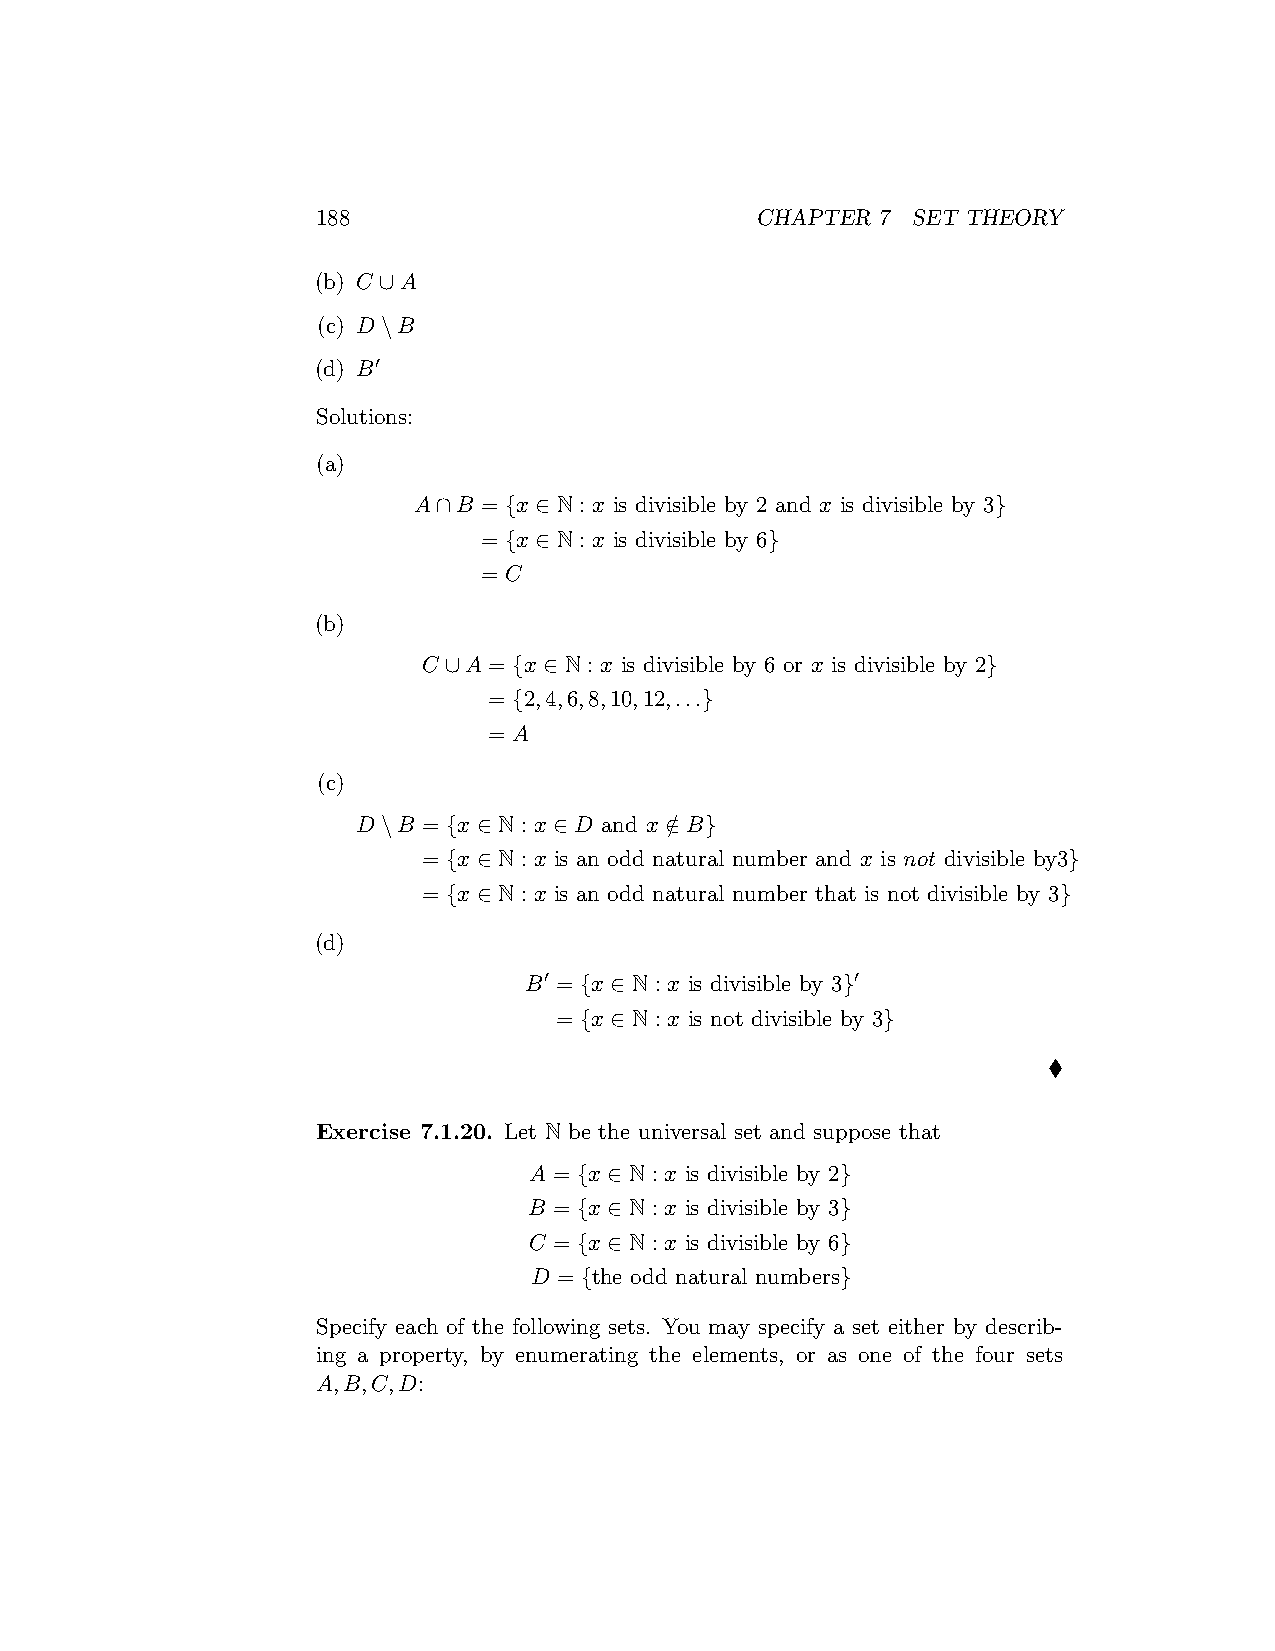
188                          CHAPTER 7 SET THEORY
 (b) C ∪A
 (c) D\B
 (d) B′
 Solutions:
 (a)
 A∩B  = {x ∈ N : x is divisible by 2 and x is divisible by 3}
 = {x ∈ N : x is divisible by 6}
 = C
 (b)
 C ∪A = {x ∈ N : x is divisible by 6 or x is divisible by 2}
 = {2,4,6,8,10,12,...}
 = A
 (c)
 D\B = {x ∈ N : x ∈ D and x ∈/ B}
 = {x ∈ N : x is an odd natural number and x is not divisible by3}
 = {x ∈ N : x is an odd natural number that is not divisible by 3}
 (d)
 B′ = {x ∈ N : x is divisible by 3}′
 = {x ∈ N : x is not divisible by 3}
 ♦
 Exercise 7.1.20. Let N be the universal set and suppose that
 A = {x ∈ N : x is divisible by 2}
 B = {x ∈ N : x is divisible by 3}
 C = {x ∈ N : x is divisible by 6}
 D = {the odd natural numbers}
 Specify each of the following sets. You may specify a set either by describ-
 ing a property, by enumerating the elements, or as one of the four sets
 A,B,C,D: